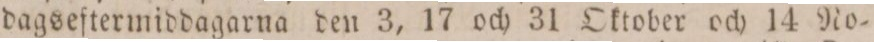
dagseftermiddagarna den 3, 17 och 31 Oktober och 14 No=